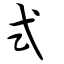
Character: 式